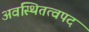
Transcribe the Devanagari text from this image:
अवस्थितत्वपद